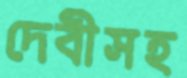
দেবীসহ